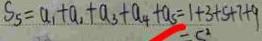
S _ { 5 } = a _ { 1 } + a _ { 1 } + a _ { 3 } + a _ { 4 } + a _ { 5 } = 1 + 3 + 5 + 7 + 9